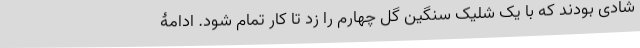
شادی بودند که با یک شلیک سنگین گل چهارم را زد تا کار تمام شود. ادامۀ